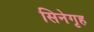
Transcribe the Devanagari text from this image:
सिनेगृह